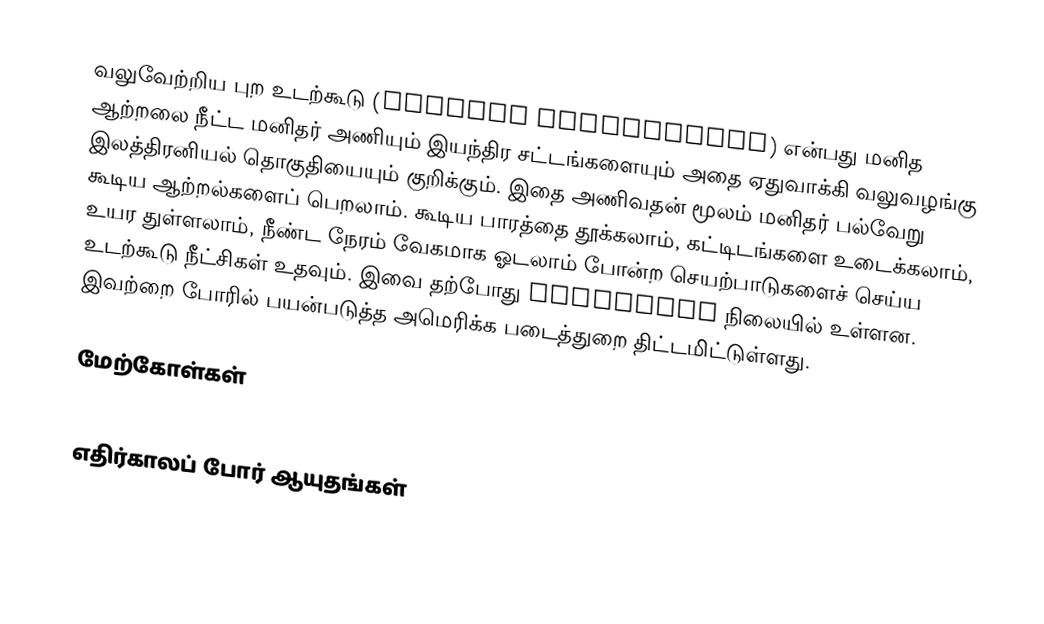
வலுவேற்றிய புற உடற்கூடு (Powered exoskeleton) என்பது மனித ஆற்றலை நீட்ட மனிதர் அணியும் இயந்திர சட்டங்களையும் அதை ஏதுவாக்கி வலுவழங்கு இலத்திரனியல் தொகுதியையும் குறிக்கும்.  இதை அணிவதன் மூலம் மனிதர் பல்வேறு கூடிய ஆற்றல்களைப் பெறலாம்.  கூடிய பாரத்தை தூக்கலாம், கட்டிடங்களை உடைக்கலாம், உயர துள்ளலாம், நீண்ட நேரம் வேகமாக ஓடலாம் போன்ற செயற்பாடுகளைச் செய்ய உடற்கூடு நீட்சிகள் உதவும்.  இவை தற்போது prototype நிலையில் உள்ளன.  இவற்றை போரில் பயன்படுத்த அமெரிக்க படைத்துறை திட்டமிட்டுள்ளது.

மேற்கோள்கள்

எதிர்காலப் போர் ஆயுதங்கள்